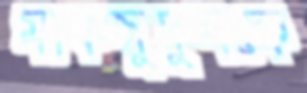
মাকসুদুলকে